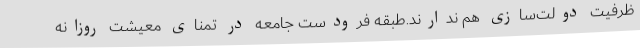
ظرفیت دولت‌سازی هم ندارند.طبقه فرودست جامعه در تمنای معیشت روزانه